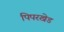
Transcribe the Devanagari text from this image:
पिपरखेड